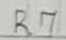
Text: R7